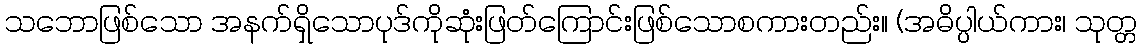
သဘောဖြစ်သော အနက်ရှိသောပုဒ်ကိုဆုံးဖြတ်ကြောင်းဖြစ်သောစကားတည်း။ (အဓိပ္ပါယ်ကား၊ သုတ္တ